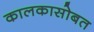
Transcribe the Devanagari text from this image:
कालकासोबत